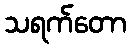
သရက်တော